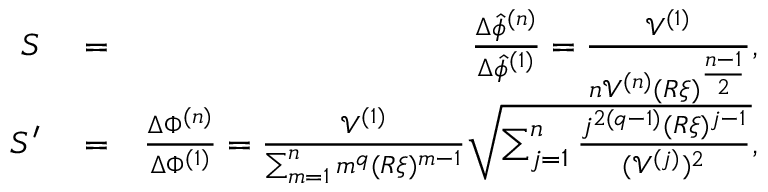
\begin{array} { r l r } { S } & { { } = } & { \frac { \Delta \hat { \phi } ^ { ( n ) } } { \Delta \hat { \phi } ^ { ( 1 ) } } = \frac { \mathcal { V } ^ { ( 1 ) } } { n \mathcal { V } ^ { ( n ) } ( R \xi ) ^ { \frac { n - 1 } { 2 } } } , } \\ { S ^ { \prime } } & { { } = } & { \frac { \Delta \Phi ^ { ( n ) } } { \Delta \Phi ^ { ( 1 ) } } = \frac { \mathcal { V } ^ { ( 1 ) } } { \sum _ { m = 1 } ^ { n } m ^ { q } ( R \xi ) ^ { m - 1 } } \sqrt { \sum _ { j = 1 } ^ { n } \frac { j ^ { 2 ( q - 1 ) } ( R \xi ) ^ { j - 1 } } { ( \mathcal { V } ^ { ( j ) } ) ^ { 2 } } } , } \end{array}